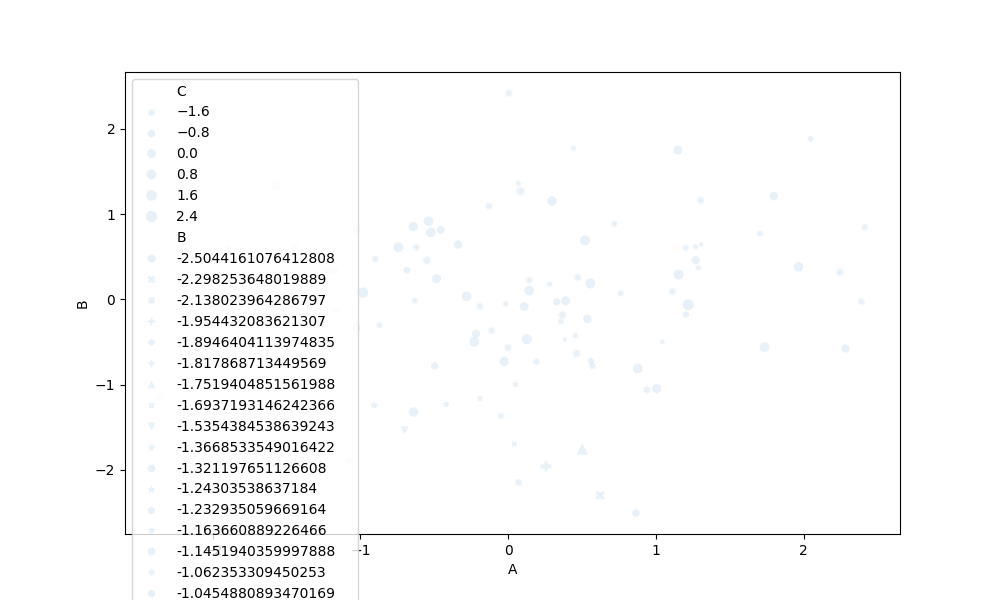
python, seaborn, scatterplot, hue='None', style='B', size='C', palette='deep', alpha=0.1